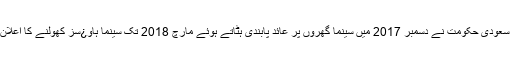
خیال رہے کہ سعودی حکومت نے دسمبر 2017 میں سینما گھروں پر عائد پابندی ہٹاتے ہوئے مارچ 2018 تک سینما ہاو¿سز کھولنے کا اعلان کر رکھا ہے۔